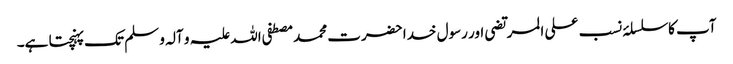
آپ کا سلسلۂ نسب علی المرتضی اور رسول خدا حضرت محمد مصطفی اللہ علیہ و آلہ و سلم تک پہنچتا ہے۔